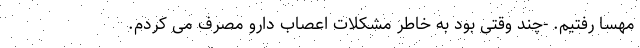
مهسا رفتیم. -چند وقتی بود به خاطر مشکلات اعصاب دارو مصرف می کردم.